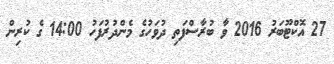
27 އޮކްޓޫބަރު 2016 ވާ ބުރާސްފަތި ދުވަހުގެ މެންދުރުފަހު 14:00 ގެ ކުރިން